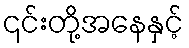
၎င်းတို့အနေနှင့်